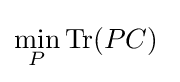
\min _{P}\operatorname {Tr} (PC)\;